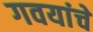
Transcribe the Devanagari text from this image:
गवयांचे